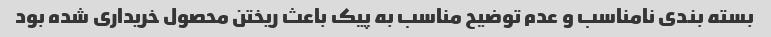
بسته بندی نامناسب و عدم توضیح مناسب به پیک باعث ریختن محصول خریداری شده بود